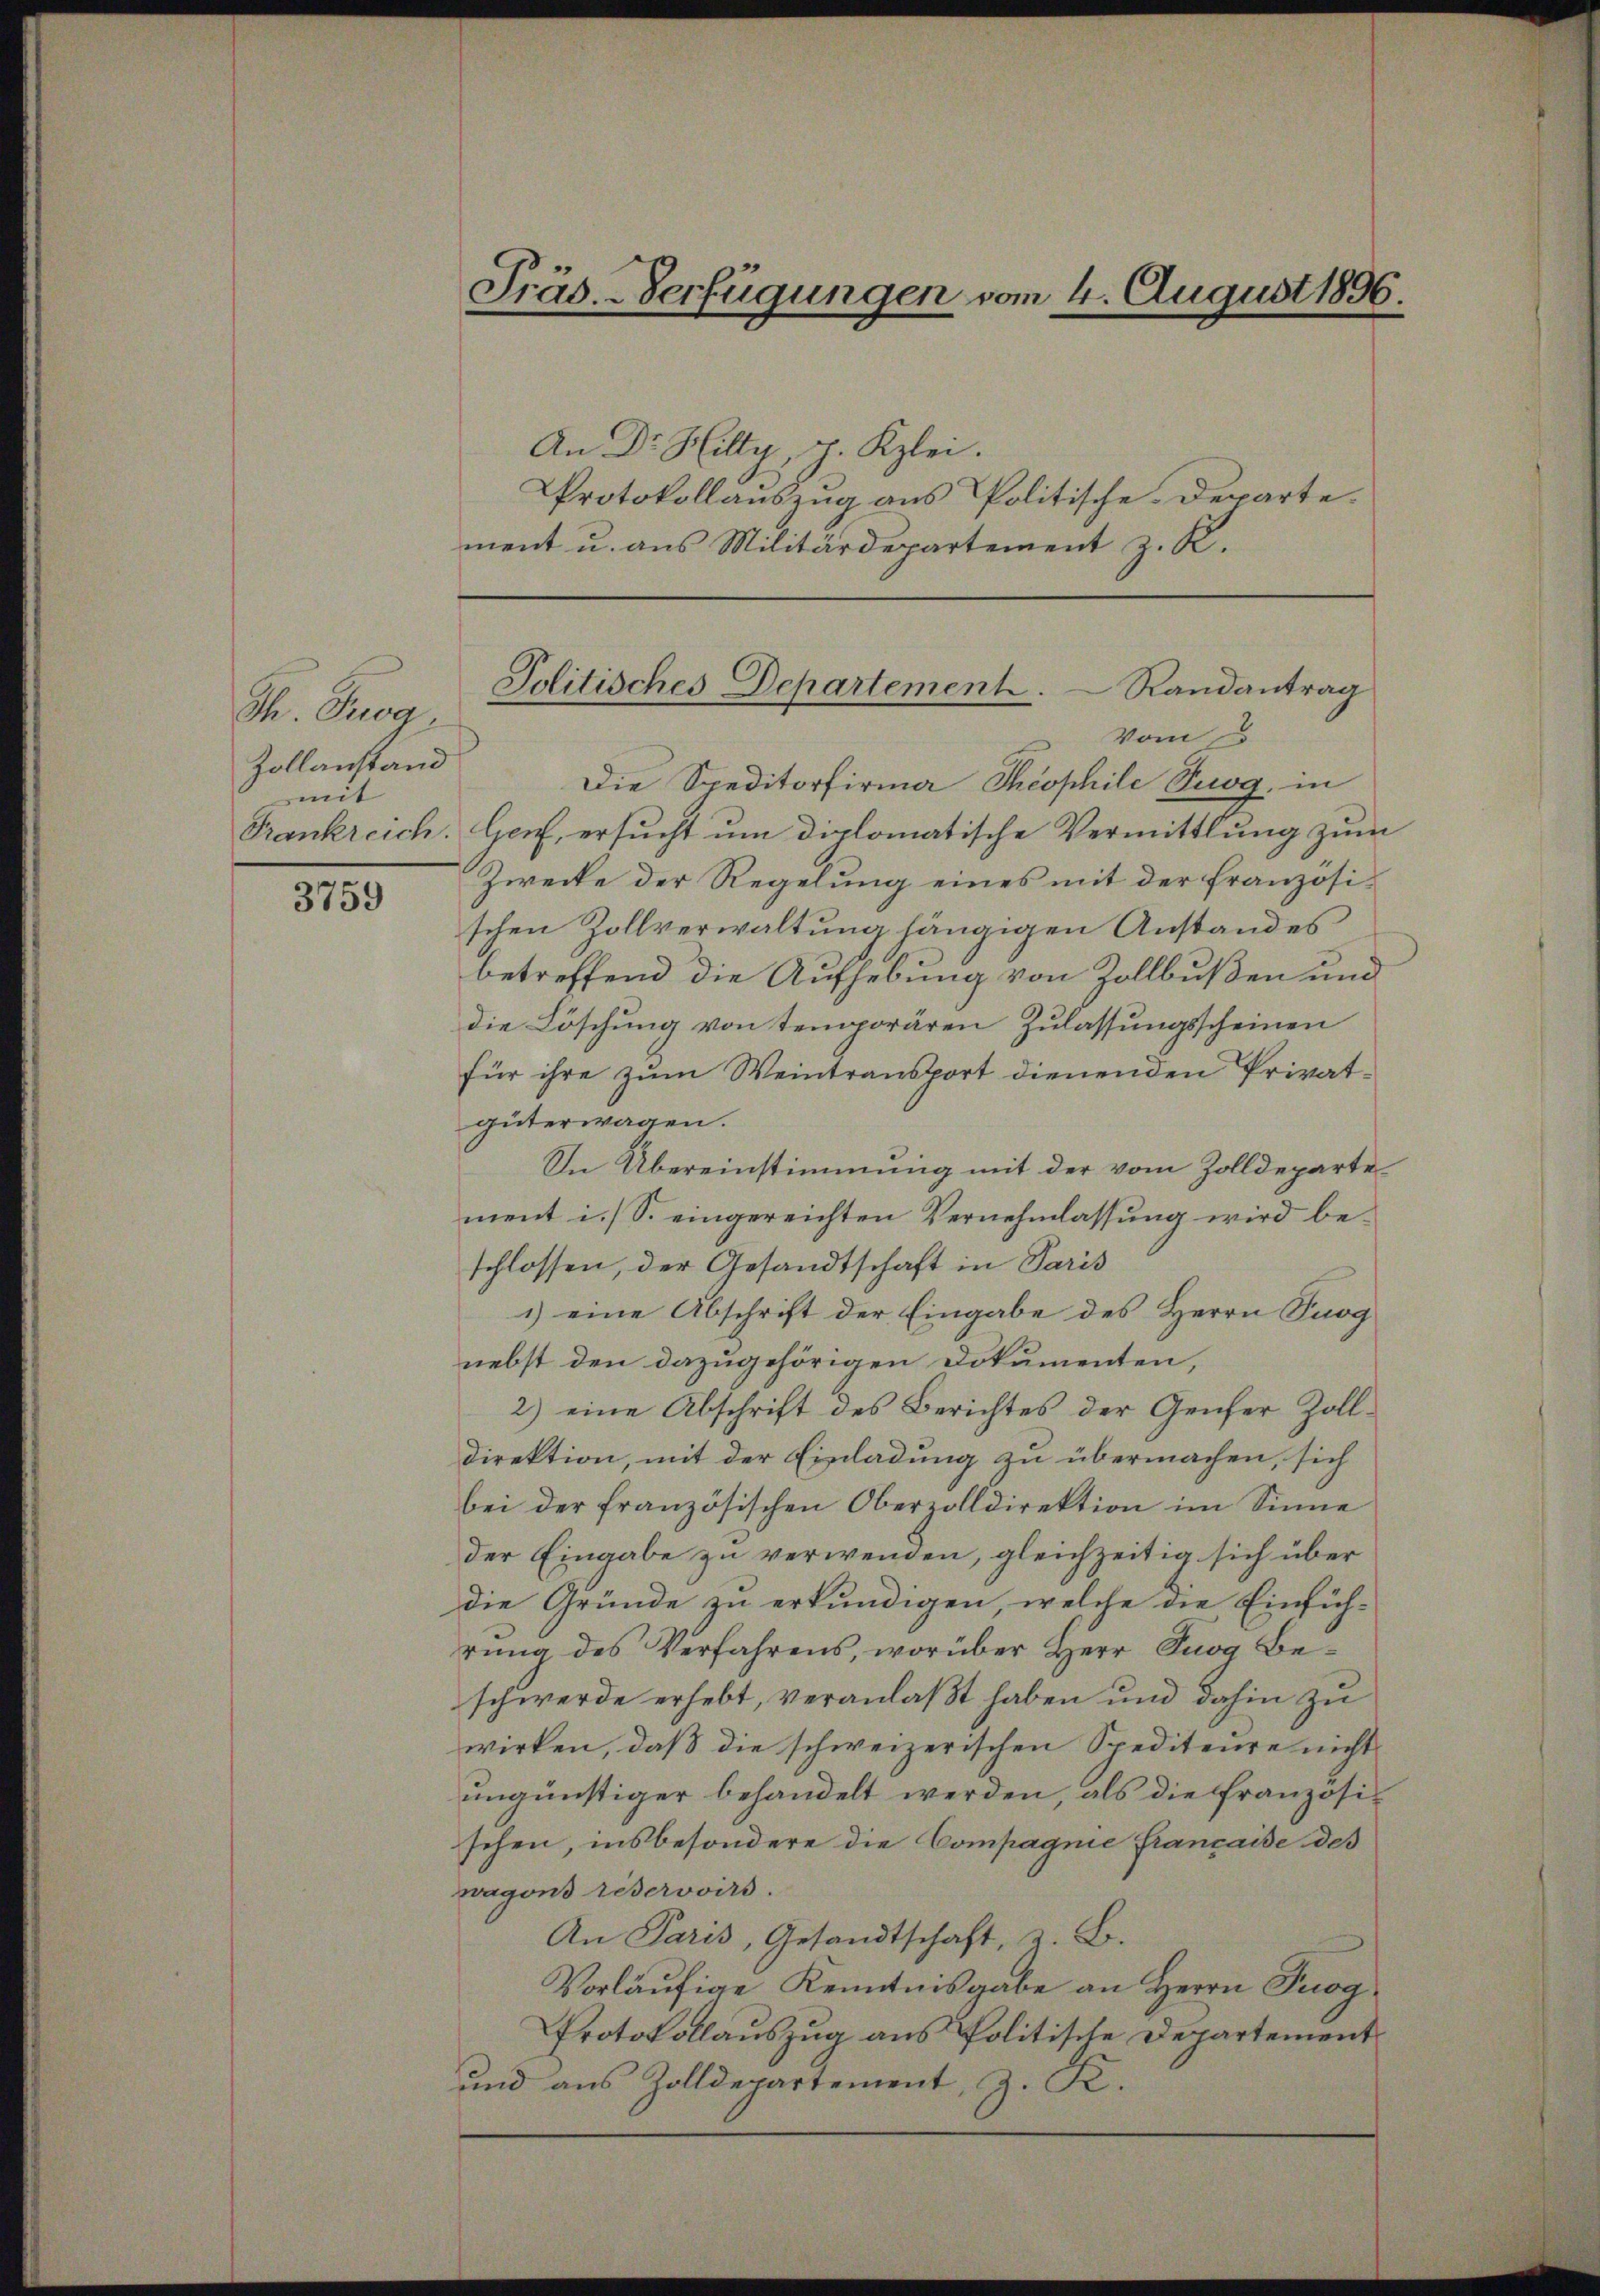
Th. Prog
Zollanstand
mit

3759

Präs.-Verfügungen vom 4. August 1896.

An Dr. Hilty, p. Kzlei.
Protokollauszug aus Politische Departe.
ment u. aus Militärdepartement z. R.

Jolitisches Departement.
Randantrag
Vom

Die Speditorfirma Theophile Suog, in
Frankreich. Genf, ersucht um diplomatische Vermittlung zum
Zwecke der Regelung eines mit der französischen Zollverwaltung hängigen Anstandes
betreffend die Aufhebung von Zollbußen und
die Löschung von temporären Zulassungsscheinen
für ihre zum Weintransport dienenden Privatgüterwagen.
In Übereinstimmung mit der vom Zolldeparte
ment i. S. eingereichten Vernehmlassung wird beschlossen, der Gesandtschaft in Paris
1) eine Abschrift der Eingabe des Herrn Prog
nebst den dazugehörigen Dokumenten,
2) eine Abschrift des Berichtes der Genfer Zolldirektion, mit der Einladung zu übermachen, sich
bei der französischen Oberzolldirektion im Sinne
der Eingabe zu verwenden, gleichzeitig sich über
die Gründe zu erkundigen, welche die Einfüh-
rŭng des Verfahrens, worüber Herr Prog Beschwerde erhebt, veranlaßt haben und dahin zu
wirken, daß die schweizerischen Spediteure nicht
ungünstiger behandelt werden, als die französis
sehen, insbesondere die Compagnie française des
wagons réservoirs.
An Paris, Gesandtschaft, z. B.
Vorläufige Kenntnisgabe an Herrn Prog
Protokollauszug aus Politische Departement
und aus Zolldepartement, z. K.